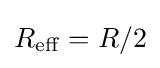
R_{\rm {eff}}=R/2